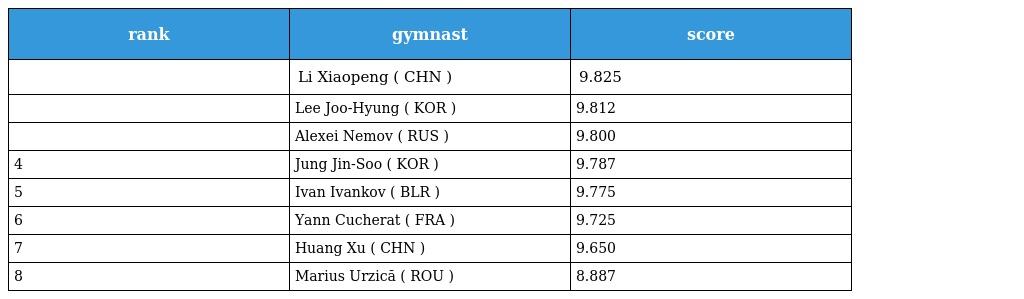
| rank | gymnast | score |
 | --- | --- | --- |
 |  | Li Xiaopeng ( CHN ) | 9.825 |
 |  | Lee Joo-Hyung ( KOR ) | 9.812 |
 |  | Alexei Nemov ( RUS ) | 9.800 |
 | 4 | Jung Jin-Soo ( KOR ) | 9.787 |
 | 5 | Ivan Ivankov ( BLR ) | 9.775 |
 | 6 | Yann Cucherat ( FRA ) | 9.725 |
 | 7 | Huang Xu ( CHN ) | 9.650 |
 | 8 | Marius Urzică ( ROU ) | 8.887 |